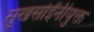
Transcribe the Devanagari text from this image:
सुखसोईंनीयुक्त